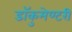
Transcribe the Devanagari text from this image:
डॉकुमेण्टरी